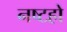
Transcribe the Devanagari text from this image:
नष्टहो